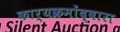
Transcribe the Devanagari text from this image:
कार्यक्रमोंद्वारा